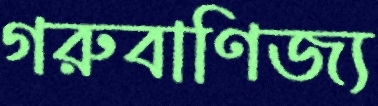
গরুবাণিজ্য